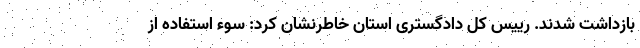
بازداشت شدند. رییس کل دادگستری استان خاطرنشان کرد: سوء استفاده از